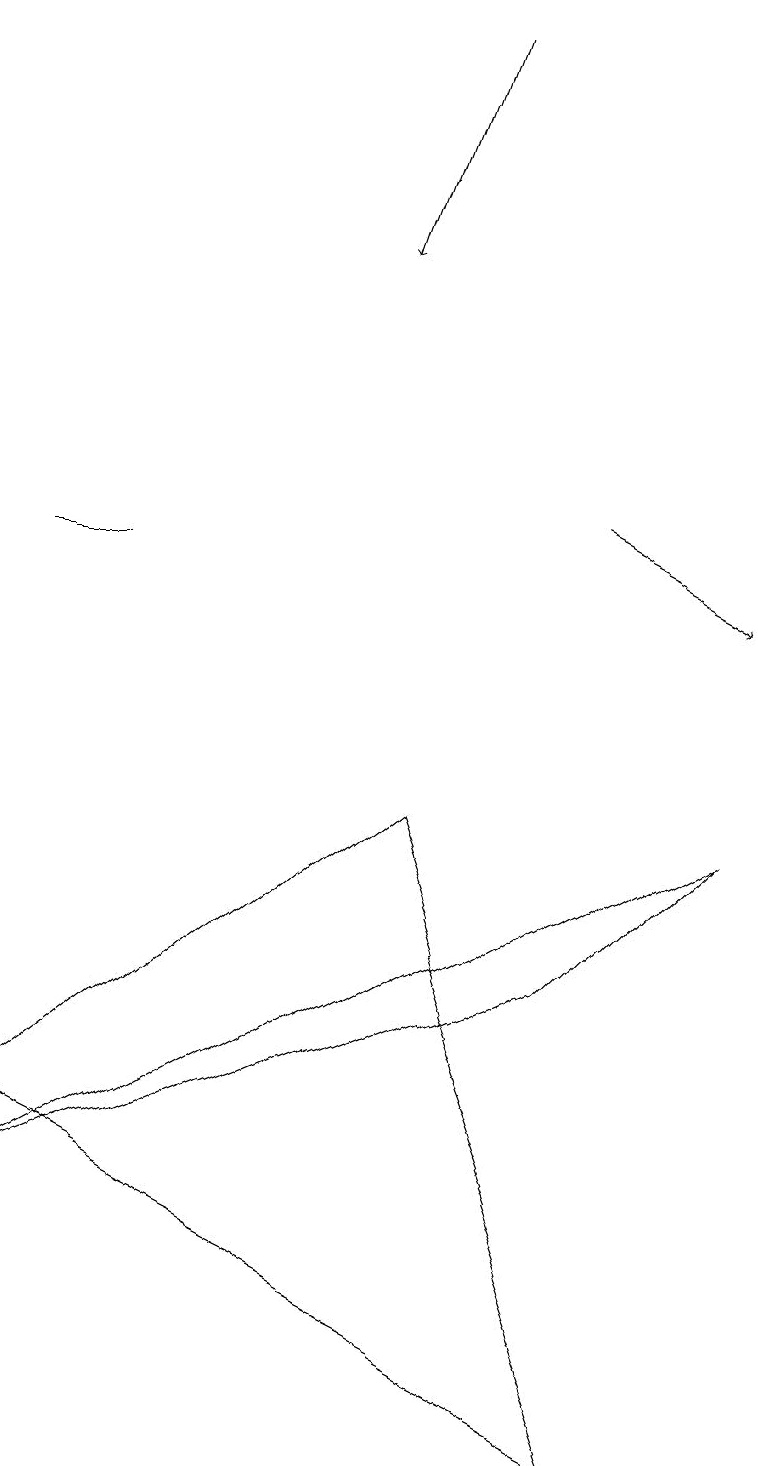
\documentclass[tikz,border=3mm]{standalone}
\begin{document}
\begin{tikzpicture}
\draw (9,8) -- (0,3) -- (7,6) -- cycle;
\draw[->] (7,12) -- (9,11);
\draw (1,11) rectangle (0,11);
\draw (0,4) -- (8,0) -- (5,8) -- cycle;
\draw[->] (5,18) -- (4,15);
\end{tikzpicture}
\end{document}